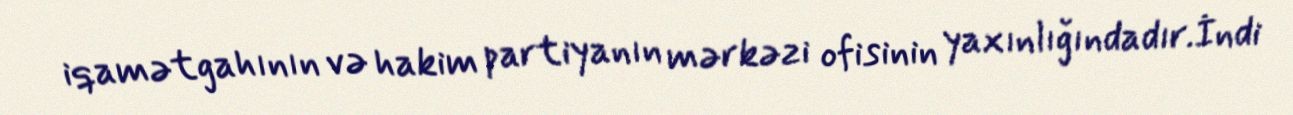
iqamətgahının və hakim partiyanın mərkəzi ofisinin yaxınlığındadır.İndi